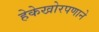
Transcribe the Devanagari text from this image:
हेकेखोरपणाने